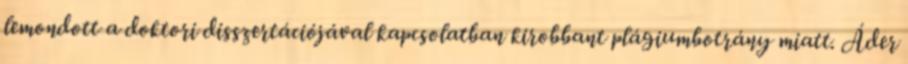
lemondott a doktori disszertációjával kapcsolatban kirobbant plágiumbotrány miatt. Áder